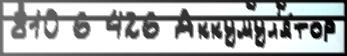
810 6 426 Аккумул'я́тор